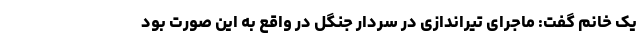
یک خانم گفت: ماجرای تیراندازی در سردار جنگل در واقع به این صورت بود